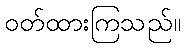
ဝတ်ထားကြသည်။